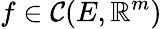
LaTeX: f\in\mathcal{C}(E,\mathbb{R}^{m})